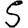
Digit: 5